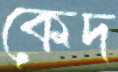
কেদ